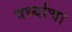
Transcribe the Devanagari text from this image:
वर्ध्याचा